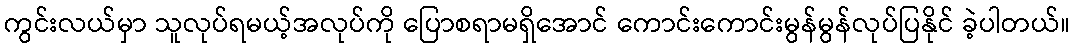
ကွင်းလယ်မှာ သူလုပ်ရမယ့်အလုပ်ကို ပြောစရာမရှိအောင် ကောင်းကောင်းမွန်မွန်လုပ်ပြနိုင် ခဲ့ပါတယ်။